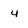
Character: 4